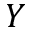
Y